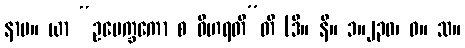
နာမ။ ယာ “ဥပေက္ခကော စ ဝိဟရတီ”တိ (ဒီ။ နိ။ ၁။၂၃၀၊ ဓ။ သ။